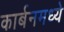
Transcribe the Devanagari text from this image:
कार्बनमध्ये